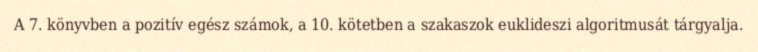
A 7. könyvben a pozitív egész számok, a 10. kötetben a szakaszok euklideszi algoritmusát tárgyalja.